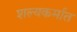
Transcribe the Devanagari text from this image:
शल्यकर्मात